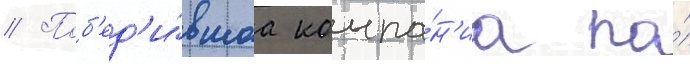
// Поб'ед'и́вшаа компа́н'иа по́